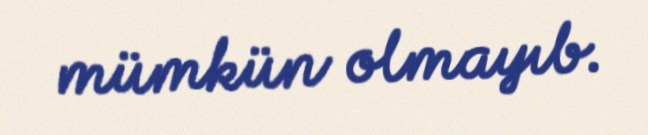
mümkün olmayıb.